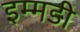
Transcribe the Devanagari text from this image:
इम्मडी